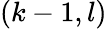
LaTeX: (k-1,l)